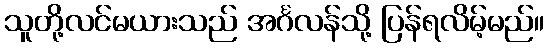
သူတို့လင်မယားသည် အင်္ဂလန်သို့ ပြန်ရလိမ့်မည်။